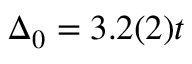
\Delta _ { 0 } = 3 . 2 ( 2 ) t